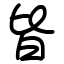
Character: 皆